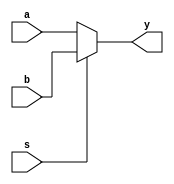

`define		sync_begin(X)	always @ (posedge clk or posedge rst) if(rst)	X <= 0; else begin
`define		sync_end		end

`define     IR_rs1          19:15
`define     IR_rs2          24:20
`define     IR_rd           11:7
`define     IR_opcode       6:2
`define     IR_funct3       14:12
`define     IR_funct7       31:25
`define     IR_shamt        24:20
`define     IR_csr          31:20


`define     OPCODE_Branch   5'b11_000
`define     OPCODE_Load     5'b00_000
`define     OPCODE_Store    5'b01_000
`define     OPCODE_JALR     5'b11_001
`define     OPCODE_JAL      5'b11_011
`define     OPCODE_Arith_I  5'b00_100
`define     OPCODE_Arith_R  5'b01_100
`define     OPCODE_AUIPC    5'b00_101
`define     OPCODE_LUI      5'b01_101
`define     OPCODE_SYSTEM   5'b11_100 
`define     OPCODE_Custom   5'b10_001

`define     F3_ADD          3'b000
`define     F3_SLL          3'b001
`define     F3_SLT          3'b010
`define     F3_SLTU         3'b011
`define     F3_XOR          3'b100
`define     F3_SRL          3'b101
`define     F3_OR           3'b110
`define     F3_AND          3'b111

`define     BR_BEQ          3'b000
`define     BR_BNE          3'b001
`define     BR_BLT          3'b100
`define     BR_BGE          3'b101
`define     BR_BLTU         3'b110
`define     BR_BGEU         3'b111

`define     OPCODE          IR[`IR_opcode]

`define     ALU_ADD         4'b00_00
`define     ALU_SUB         4'b00_01
`define     ALU_PASS        4'b00_11
`define     ALU_OR          4'b01_00
`define     ALU_AND         4'b01_01
`define     ALU_XOR         4'b01_11
`define     ALU_SRL         4'b10_00
`define     ALU_SRA         4'b10_10
`define     ALU_SLL         4'b10_01
`define     ALU_SLT         4'b11_01
`define     ALU_SLTU        4'b11_11

`define     SYS_EC_EB       3'b000
`define     SYS_CSRRW       3'b001
`define     SYS_CSRRS       3'b010
`define     SYS_CSRRC       3'b011
`define     SYS_CSRRWI      3'b101
`define     SYS_CSRRSI      3'b110
`define     SYS_CSRRCI      3'b111





/*
	PC Unit
	Port:
		Sel:	00		PC + 4
				10		PC + 2
				01		TA
				11		PC + Imm
		load	write to PC
	Size:
		448	gates -- scpt_2 

*/

module mux2x1 ( input[31:0] a, b, output[31:0] y, input s);

assign y = s ? b : a;

endmodule


module PCUnit (
	input	wire				clk,
	input	wire				rst,
	input	wire 	[31:0]		TA,
	input	wire 	[31:0]		Imm,
	output	reg		[31:0]		PC,
	output	wire	[31:0]		ftPC,
	output	wire	[31:0]		iPC,
	input	wire				load,
	input	wire	[1:0]		sel			
);

	wire [31:0]	nPC;
	assign	nPC		=	sel[1] ? iPC : TA;
	assign 	ftPC	= 	PC + (sel[1] ? 32'h2 : 32'h4);
	assign 	iPC		=	PC + Imm;

	always @ (posedge clk or posedge rst)
	if(rst)	
		PC <= 32'b0;
	else if(load)
		case (sel[0]) // synopsys full_case parallel_case
			1'b0	:	PC <= ftPC;
			2'b1	:	PC <= nPC; 
		endcase
endmodule


/*
    00_00: Add
    00_01: sub
    00_11: passthrough
    01_00: or
    01_01: and
    01_11: xor
    10_00: srl
    10_10: sra
    10_01: srl
    11_01: slt
    11_11: sltu
*/
module ALU(
	input   wire [31:0] a, b,
	input   wire [4:0]  shamt,
	output  reg  [31:0] r,
	output  wire        cf, zf, vf, sf,
	input   wire [3:0]  alufn
);

    wire [31:0] add, sub, op_b;
    wire cfa, cfs;
    
    assign op_b = (~b);
    
    assign {cf, add} = alufn[0] ? (a + op_b + 1'b1) : (a + b);
    
    assign zf = (add == 0);
    assign sf = add[31];
    assign vf = (a[31] ^ (op_b[31]) ^ add[31] ^ cf);
    
    wire[31:0] sh;
    shifter shifter0(.a(a), .shamt(shamt), .type(alufn[1:0]),  .r(sh));
    
    always @ * begin
        r = 0;
        (* parallel_case *)
        case (alufn)
            // arithmetic
            4'b00_00 : r = add;
            4'b00_01 : r = add;
            4'b00_11 : r = b;
            // logic
            4'b01_00:  r = a | b;
            4'b01_01:  r = a & b;
            4'b01_11:  r = a ^ b;
            // shift
            4'b10_00:  r=sh;
            4'b10_01:  r=sh;
            4'b10_10:  r=sh;
            // slt & sltu
            4'b11_01:  r = {31'b0,(sf != vf)}; 
            4'b11_11:  r = {31'b0,(~cf)};            	
        endcase
    end
endmodule


module mirror (input [31:0] in, output reg [31:0] out);
    integer i;
    always @ *
        for(i=0; i<32; i=i+1)
            out[i] = in[31-i];
endmodule

module shr(input [31:0] a, output [31:0] r, input [4:0] shamt, input ar);
    
    wire [31:0] r1, r2, r3, r4;
    
    wire fill = ar ? a[31] : 1'b0;
    assign r1 = shamt[0] ? {fill, a[31:1]} : a;
    assign r2 = shamt[1] ? {fill, fill, r1[31:2]} : r1;
    assign r3 = shamt[2] ? {{4{fill}}, r2[31:4]} : r2;
    assign r4 = shamt[3] ? {{8{fill}}, r3[31:8]} : r3;
    assign r = shamt[4] ? {{16{fill}}, r4[31:16]} : r4;
    
endmodule 

// type[0] sll or srl
// type[1] sra
// 00 : srl
// 10 : sra
// 01 : sll
module shifter(input[31:0] a, input [4:0] shamt, input[1:0] type,  output [31:0] r);
    wire [31 : 0] ma, my, y, x, sy;
    
    mirror m1(.in(a), .out(ma));
    mirror m2(.in(y), .out(my));
    
    assign x = type[0] ? ma : a;
    shr sh0(.a(x), .r(y), .shamt(shamt), .ar(type[1]));
    
    assign r = type[0] ? my : y;
    
endmodule

/*

	Immediate Generator

	Size: 

*/
module IMMGen (
    input  wire [31:0]  IR,
    output reg  [31:0]  Imm
);

always @(*) begin
	case (`OPCODE)
		`OPCODE_Arith_I   : 	Imm = { {21{IR[31]}}, IR[30:25], IR[24:21], IR[20] };
		`OPCODE_Store     :     Imm = { {21{IR[31]}}, IR[30:25], IR[11:8], IR[7] };
		`OPCODE_LUI       :     Imm = { IR[31], IR[30:20], IR[19:12], 12'b0 };
		`OPCODE_AUIPC     :     Imm = { IR[31], IR[30:20], IR[19:12], 12'b0 };
		`OPCODE_JAL       : 	Imm = { {12{IR[31]}}, IR[19:12], IR[20], IR[30:25], IR[24:21], 1'b0 };
		`OPCODE_JALR      : 	Imm = { {21{IR[31]}}, IR[30:25], IR[24:21], IR[20] };
		`OPCODE_Branch    : 	Imm = { {20{IR[31]}}, IR[7], IR[30:25], IR[11:8], 1'b0};
		default           : 	Imm = { {21{IR[31]}}, IR[30:25], IR[24:21], IR[20] }; // IMM_I
	endcase 
end

endmodule